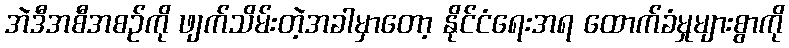
အဲဒီအစီအစဉ်ကို ဖျက်သိမ်းတဲ့အခါမှာတော့ နိုင်ငံရေးအရ ထောက်ခံမှုများစွာကို